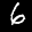
Label: 6